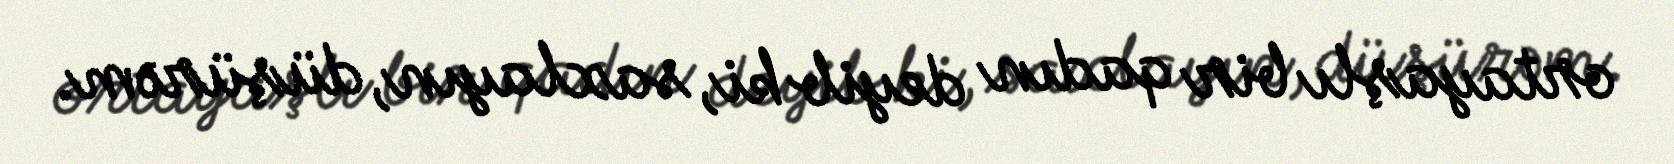
ortayaşlı bir qadın deyib ki, saxlayın, düşürəm.